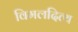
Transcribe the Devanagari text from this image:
विमलदित्य